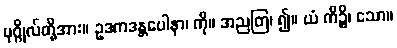
ပုဂ္ဂိုလ်တို့အား။ ဥဒကဒန္တပေါနာ၊ ကို။ အညတြ၊ ၍။ ယံ ကိဉ္စိ၊ သော။